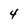
Character: 4